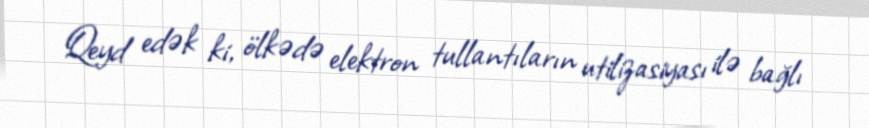
Qeyd edək ki, ölkədə elektron tullantıların utilizasiyası ilə bağlı